Jaan_Tonisson_(Lasteleht), lk 76
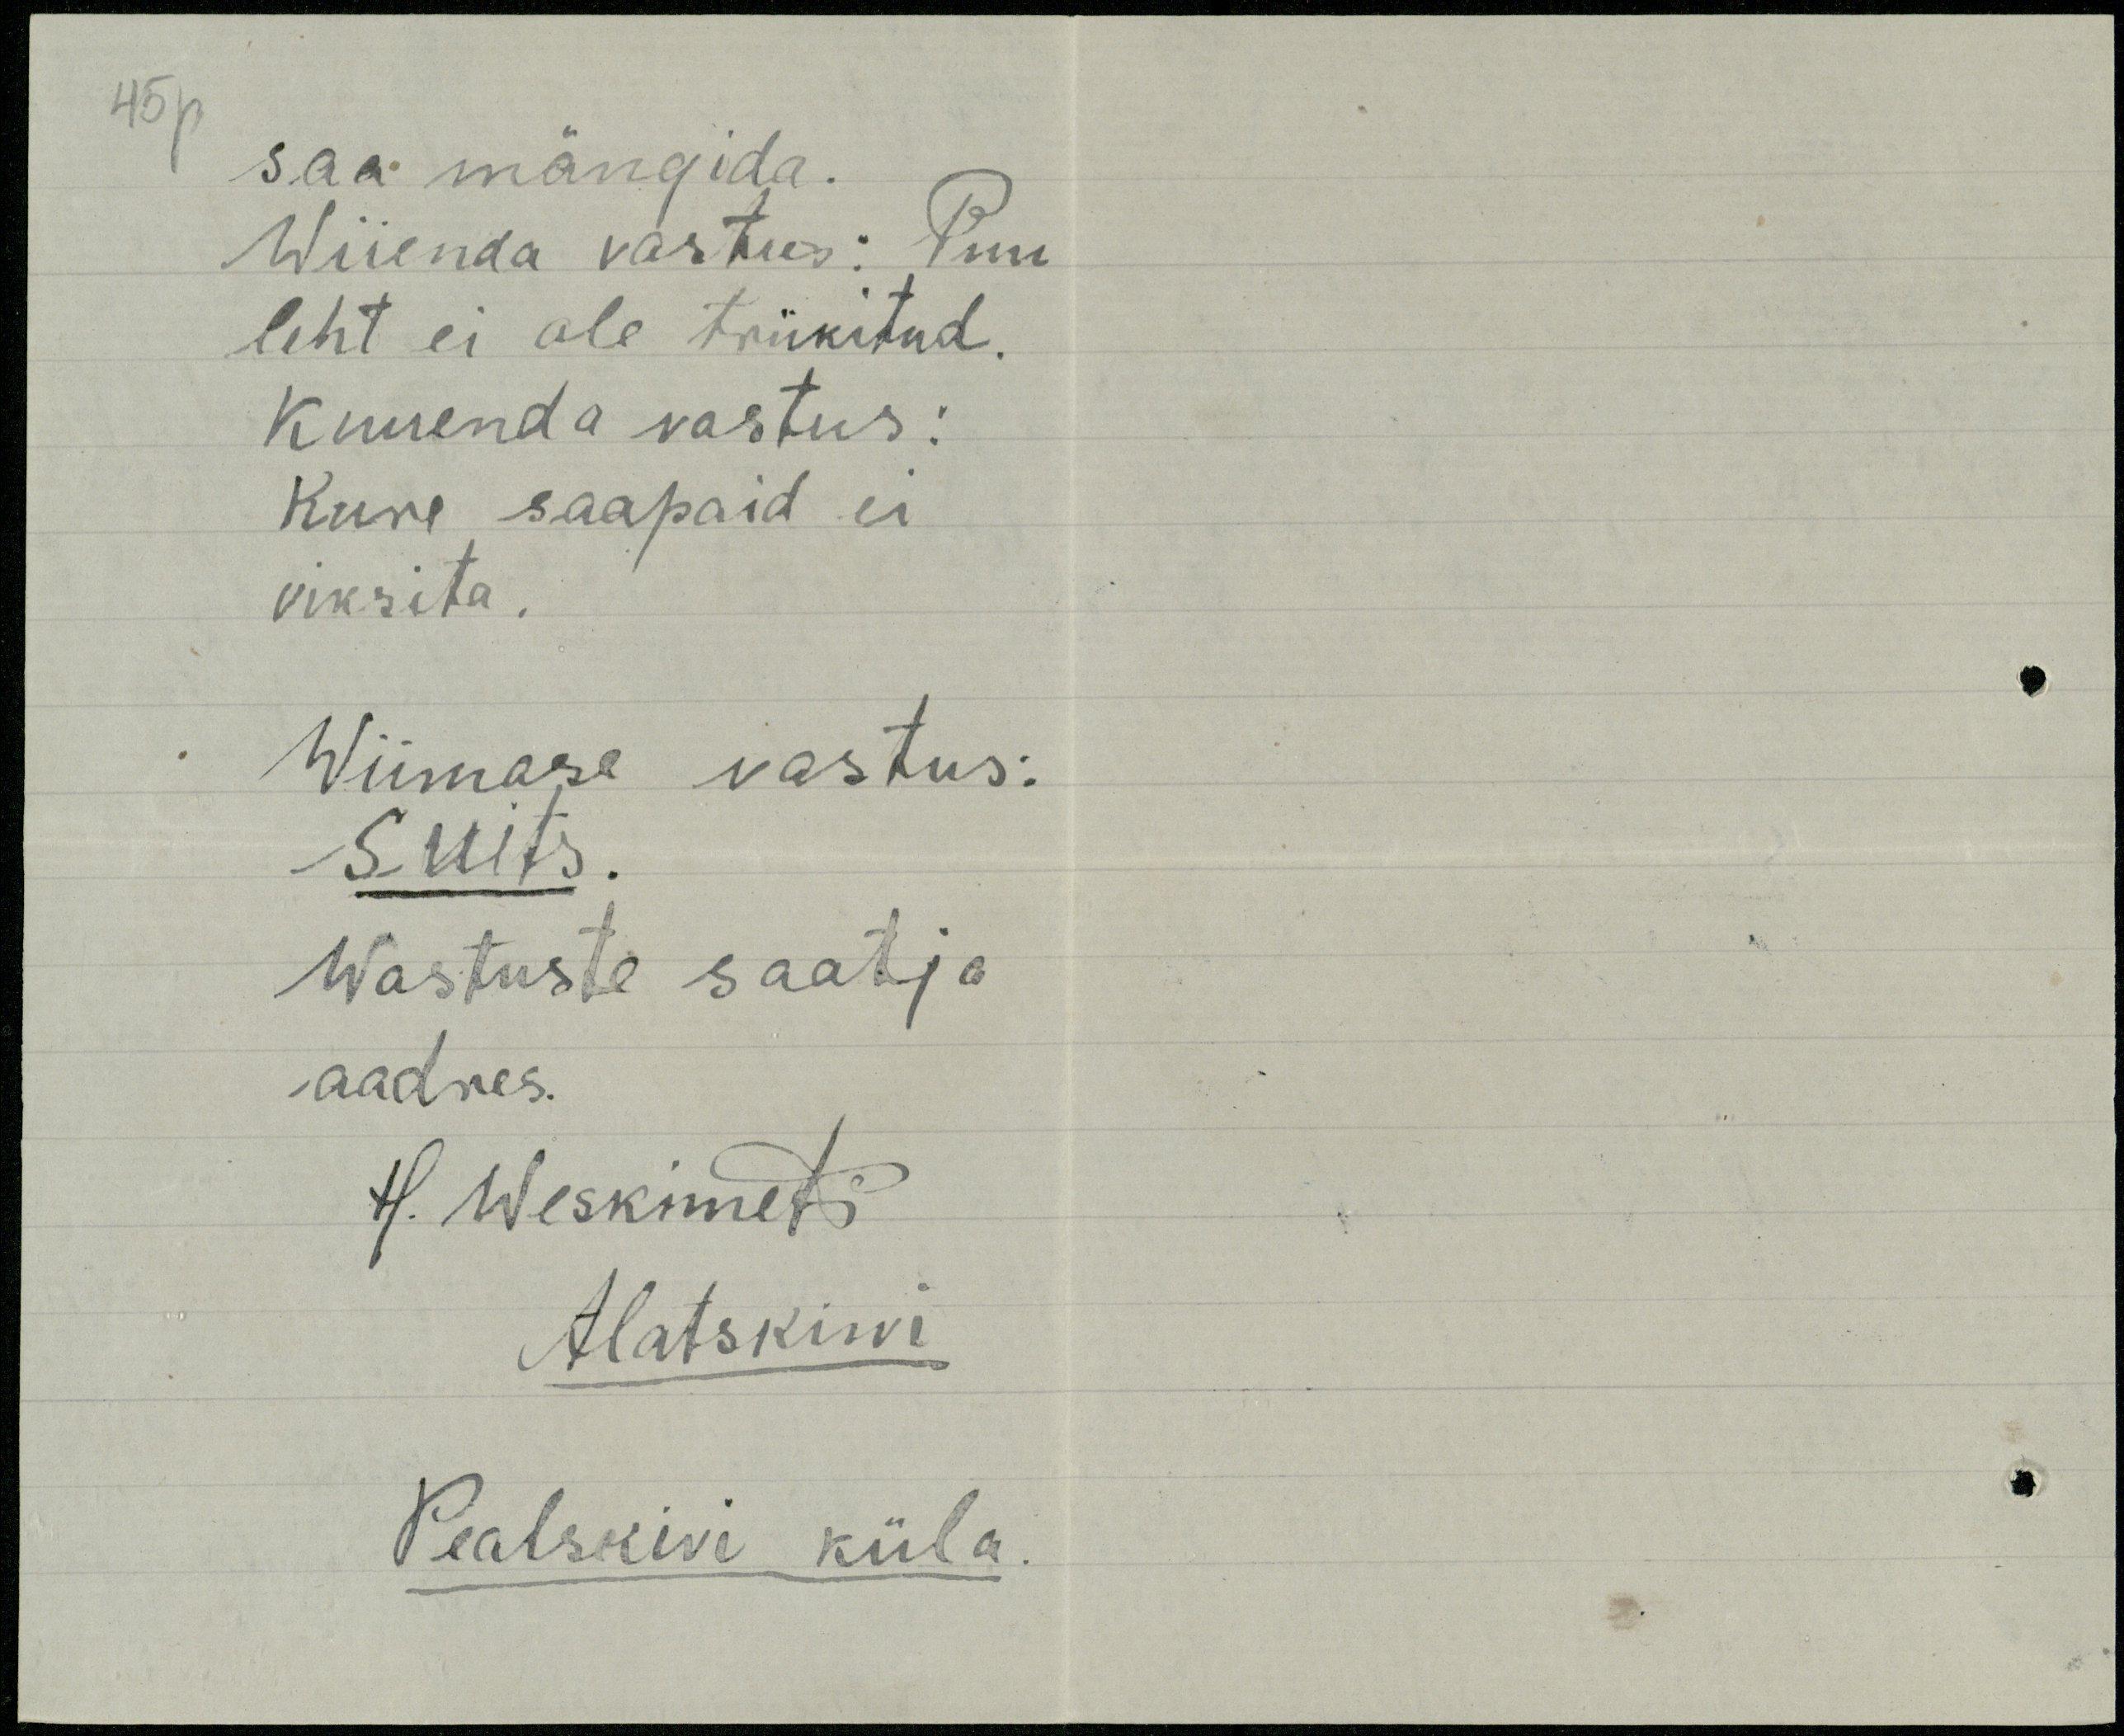
45p
saa mängida.
Wiienda vastus: Puu
leht ei ole trükitud.
Kuuenda vastus:
Kure saapaid ei
viksita.
Wiimase vastus:
Suits
Wastuste saatja
aadres.
H. Weskimets
Alatskiwi
Pealskivi küla